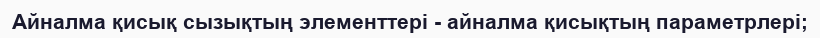
Айналма қисық сызықтың элементтері - айналма қисықтың параметрлері;